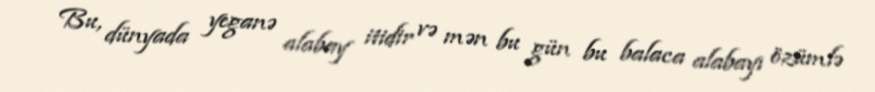
Bu, dünyada yeganə alabay itidir və mən bu gün bu balaca alabayı özümlə